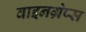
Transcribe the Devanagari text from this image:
वाइनग्रेप्स